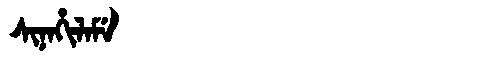
Manchu: ᠰᡳᠨᠠᡥᡳᠯᠠᠮᡝ
Romanization: SINAHILAME